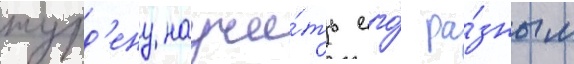
журд'ену научи́ть его́ ра́зным